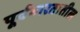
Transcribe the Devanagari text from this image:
पूर्वभारतातील